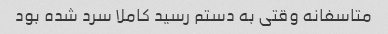
متاسفانه وقتی به دستم رسید کاملا سرد شده بود